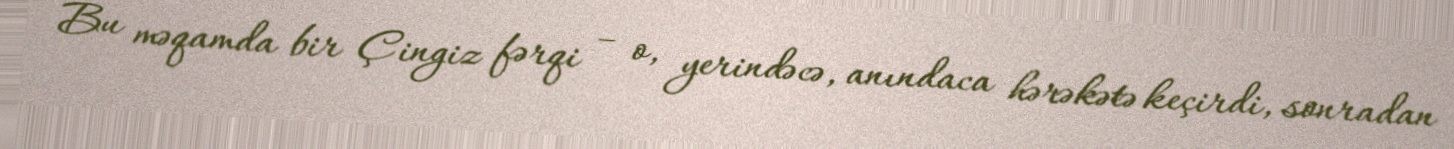
Bu məqamda bir Çingiz fərqi – o, yerindəcə, anındaca hərəkətə keçirdi, sonradan